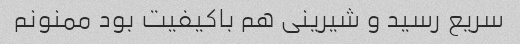
سریع رسید و شیرینی هم باکیفیت بود ممنونم